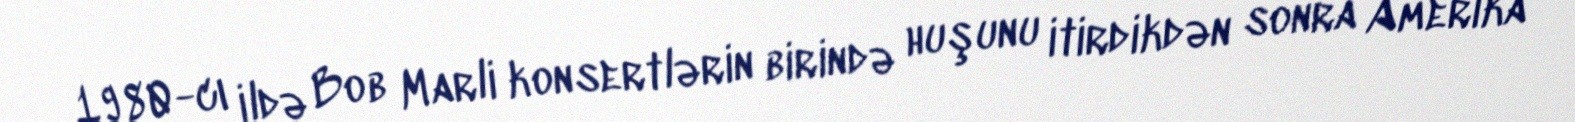
1980-cı ildə Bob Marli konsertlərin birində huşunu itirdikdən sonra Amerika